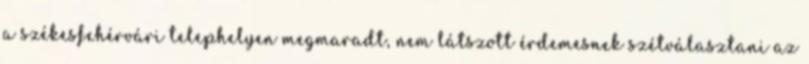
a székesfehérvári telephelyen megmaradt, nem látszott érdemesnek szétválasztani az